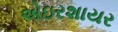
એઇરશાયર